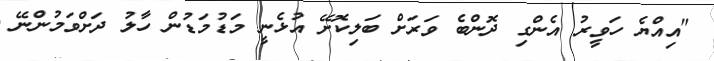
"އިއްޔެ ހަވީރު އެންގި ދޮންބެ ވަރަށް ބަލިކޮށޭ އުޅެނީ މަޑުމަޑުން ހާލު ދަށްވަމުންނޭ